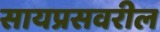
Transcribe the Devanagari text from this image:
सायप्रसवरील